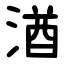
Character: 湭